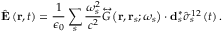
\hat { \mathbf { E } } \left( \mathbf { r } , t \right) = \frac { 1 } { \epsilon _ { 0 } } \sum _ { s } \frac { \omega _ { s } ^ { 2 } } { c ^ { 2 } } \overleftrightarrow { G } \left( \mathbf { r } , \mathbf { r } _ { s } ; \omega _ { s } \right) \cdot \mathbf { d } _ { s } ^ { * } \hat { \sigma } _ { s } ^ { 1 2 } \left( t \right) .